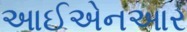
આઈએનઆર